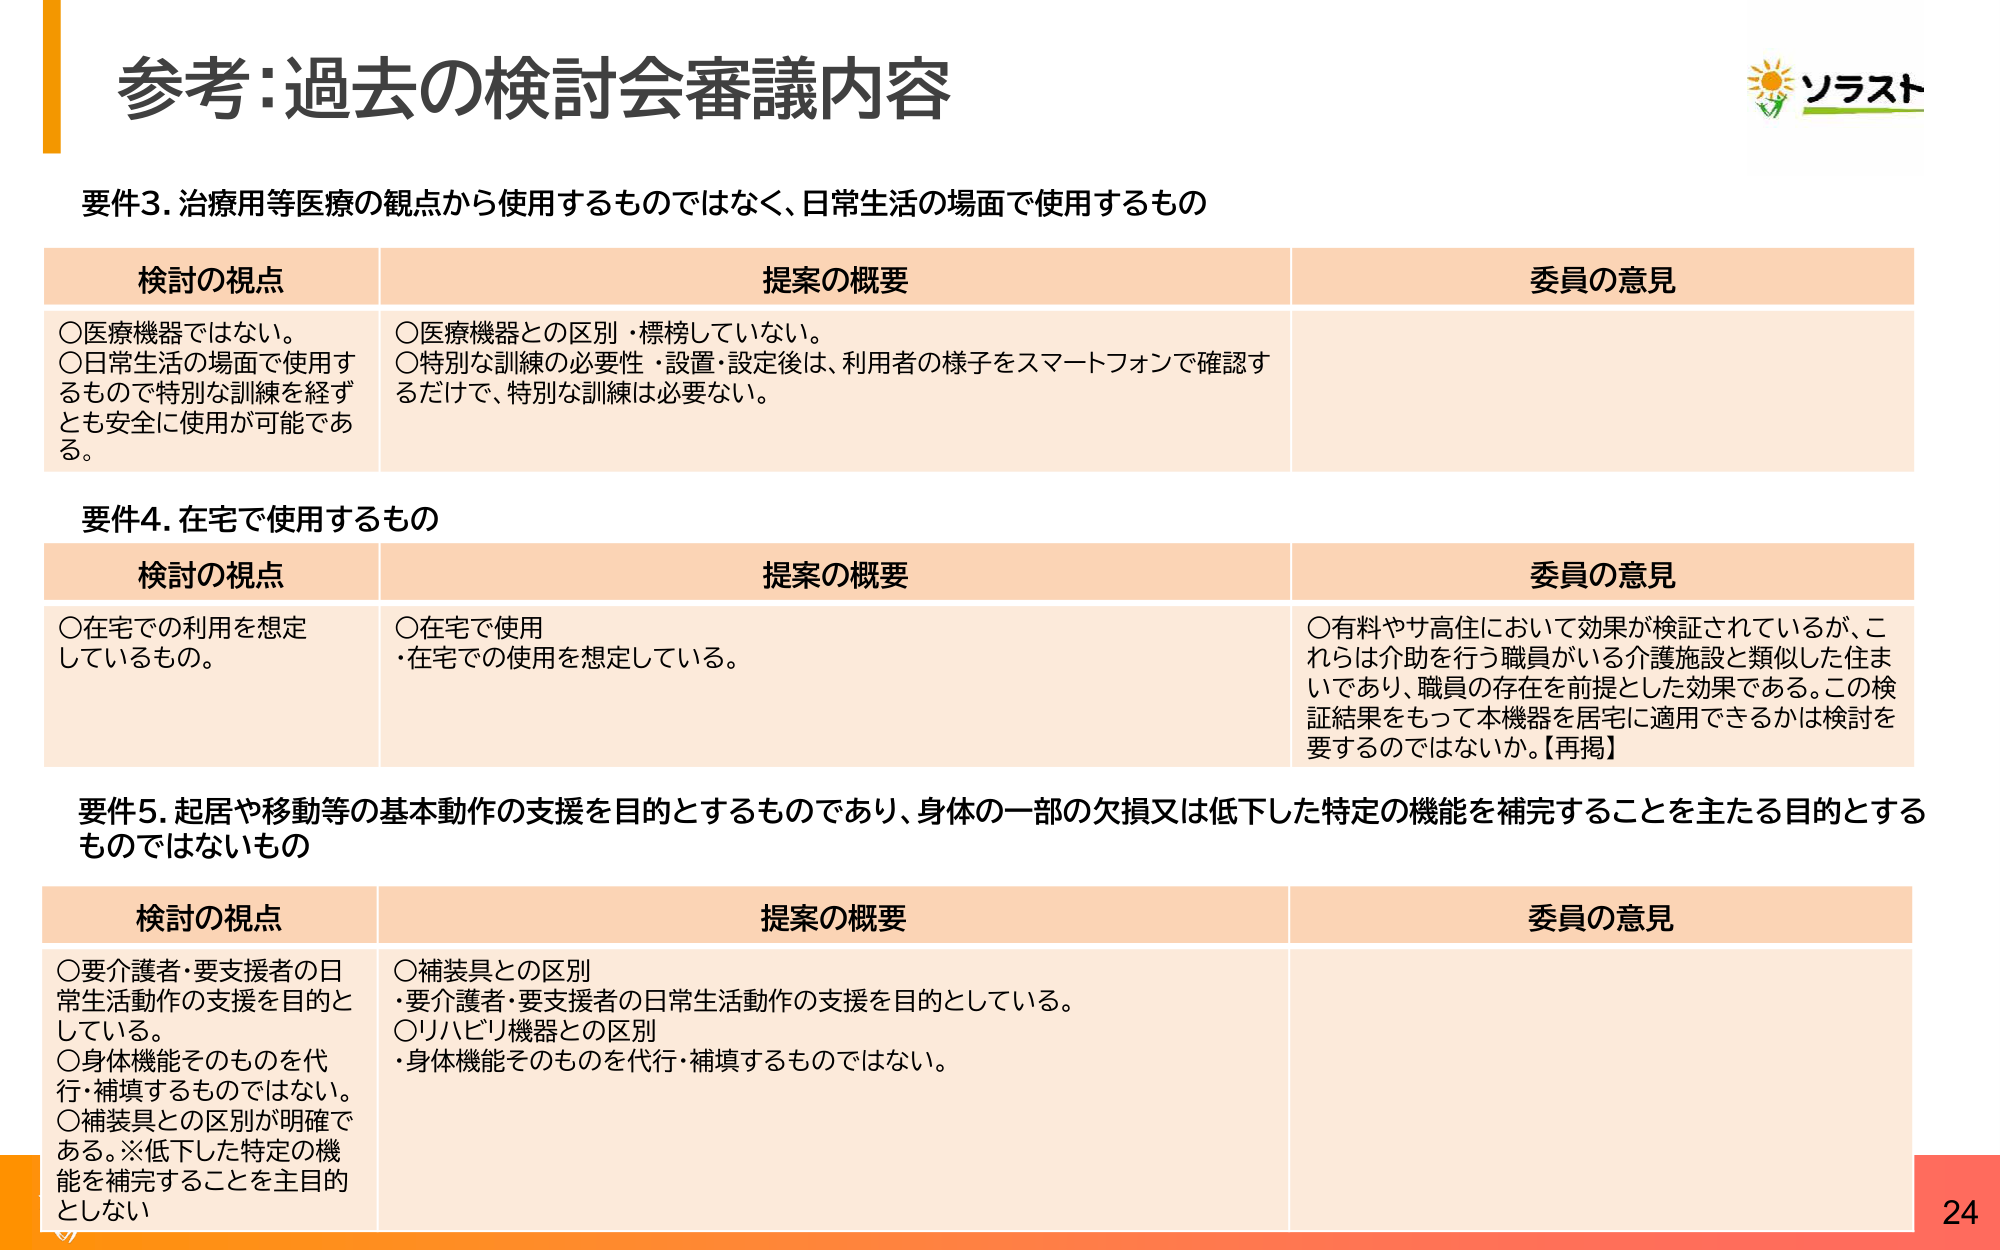
参考：過去の検討会審議内容

要件3. 治療用等医療の観点から使用するものではなく、日常生活の場面で使用するもの

検討の視点　　　　　　　　　　　提案の概要　　　　　　　　　　　　　　　　　　　　　　　　　　　　　　　委員の意見
○医療機器ではない。　　　　　　○医療機器との区別・標榜していない。
○日常生活の場面で使用するもので特別な訓練を経ずとも安全に使用が可能である。　　○特別な訓練の必要性・設置・設定後は、利用者の様子をスマートフォンで確認するだけで、特別な訓練は必要ない。

要件4. 在宅で使用するもの

検討の視点　　　　　　　　　　　提案の概要　　　　　　　　　　　　　　　　　　　　　　　　　　　　　　　委員の意見
○在宅での利用を想定しているもの。　　○在宅で使用
・在宅での使用を想定している。　　　　○有料やサ高住において効果が検証されているが、これらは介助を行う職員がいる介護施設と類似した住まいであり、職員の存在を前提とした効果である。この検証結果をもって本機器を居宅に適用できるかは検討を要するのではないか。【再掲】

要件5. 起居や移動等の基本動作の支援を目的とするものであり、身体の一部の欠損又は低下した特定の機能を補完することを主たる目的とするものではないもの

検討の視点　　　　　　　　　　　提案の概要　　　　　　　　　　　　　　　　　　　　　　　　　　　　　　　委員の意見
○要介護者・要支援者の日常生活動作の支援を目的としている。　　　　○補装具との区別
・要介護者・要支援者の日常生活動作の支援を目的としている。　　　　○リハビリ機器との区別
○身体機能そのものを代行・補填するものではない。　　　　　　　　　　・身体機能そのものを代行・補填するものではない。
○補装具との区別が明確である。※低下した特定の機能を補完することを主目的としない

ソラスト

24